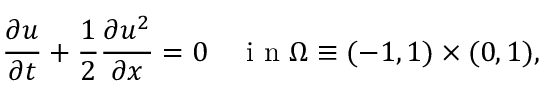
\frac { \partial u } { \partial t } + \frac { 1 } { 2 } \frac { \partial u ^ { 2 } } { \partial x } = 0 \quad \mathrm { ~ i ~ n ~ } \Omega \equiv ( - 1 , 1 ) \times ( 0 , 1 ) ,